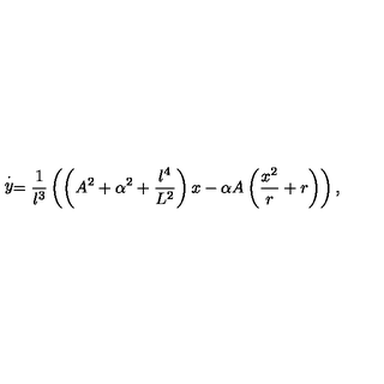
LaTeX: \stackrel { \cdot } { y } = \frac { 1 } { l ^ { 3 } } \left( \left( A ^ { 2 } + \alpha ^ { 2 } + \frac { l ^ { 4 } } { L ^ { 2 } } \right) x - \alpha A \left( \frac { x ^ { 2 } } { r } + r \right) \right) ,